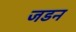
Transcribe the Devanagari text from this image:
जडन